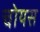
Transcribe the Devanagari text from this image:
चोयस